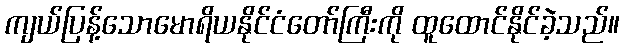
ကျယ်ပြန့်သောမောရိယနိုင်ငံတော်ကြီးကို ထူထောင်နိုင်ခဲ့သည်။